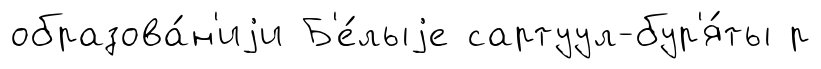
образова́н'иjи Б'е́лыjе сартуул-бур'я́ты р